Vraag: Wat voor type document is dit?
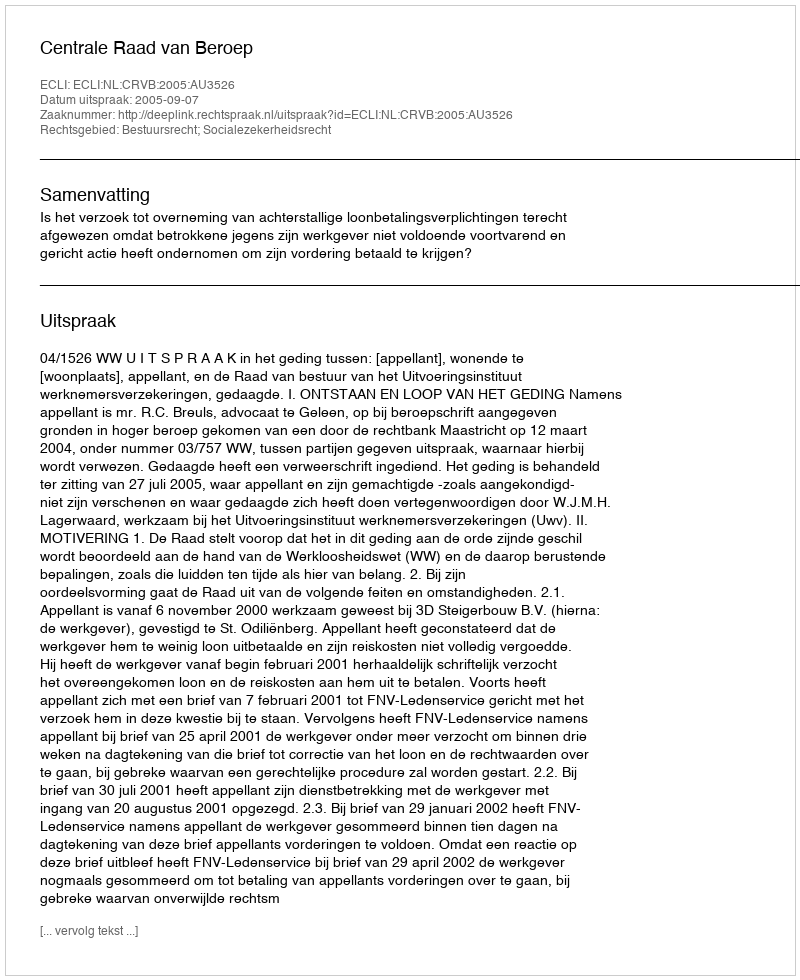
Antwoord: Uitspraak